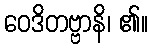
ဝေဒိတဗ္ဗာနိ၊ ၏။